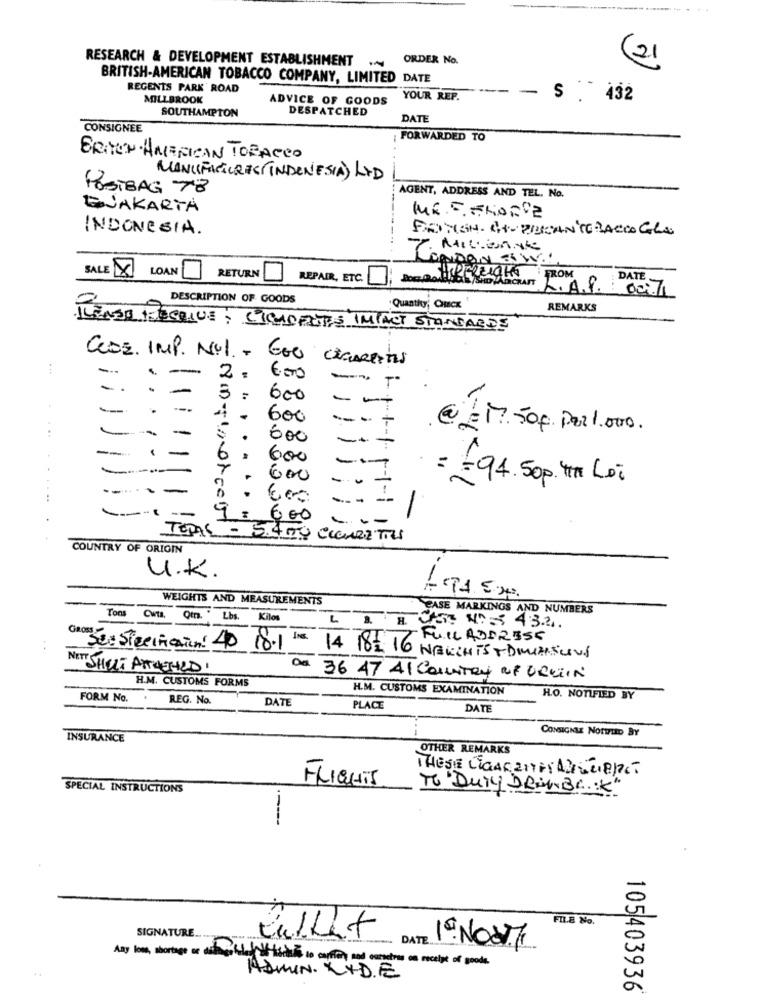
ORDER No.
(21
RESEARCH & DEVELOPMENT ESTABLISHMENT .~
BRITISH-AMERICAN TOBACCO COMPANY, LIMITED DATE
REGENTS PARK ROAD
MILLBROOK
ADVICE OF GOODS
YOUR REP.
--- - S 432
SOUTHAMPTON
DESPATCHED
DATE
CONSIGNEE
FORWARDED TO
ERTON AMERICAN TOBACCO
MANUFACTURESTINDENESIA) LTD
POSTBAG 78
AGENT, ADDRESS AND TEL. No.
BUAKARTA
ME. F. FRIOROZ
INDONESIA.
BALEX LOAN
RETURN
REPAIR, ETC.
REREICHT FROM
DATE
DESCRIPTION OF GOODS
Quantity; Cuck
REMARKS
PLEASE RESQUE ; CICADELES IMPACT STANDARDS
CeDE. IMP. NUL. - 600 ciNARRATES
2.
6.00
3
600
---
4
-
600
---
@
17.5og. Per1.orro.
- -
600
-
1-
600
--
600
-.-
= = 94.50p. HTM Loi
---
..
1-
9
-
: 0,00
TEMAS - 5.400 conReTres
COUNTRY OF ORIGIN
U.K.
WEIGHTS AND MEASUREMENTS
EASE MARKINGS AND NUMBERS
Tons Cwta. Qtr. " Lbs. Kilos
GROSS
-FULL ADDRESS
See Specification! 40 10.1 1 14 182 16 NEKCHTS TDMIANSUIVI
NETT SHELT ATTACHED!
H.M. CUSTOMS FORMS
De 36 47 41 Country OF ORVIN
H.M. CUSTOMS EXAMINATION
FORM No.
REG. No.
DATE
H.O. NOTIFIED BY
PLACE
DATE
CONSIGNAE NOTIFIED BY
INSURANCE
OTHER REMARKS
THESE LIGARZITAT ARECIPPET
FLIGHTS
SPECIAL INSTRUCTIONS
TO DUTY DRAWBACK"
FILE No.
SIGNATURE.
Euthat
DATE 1º NOST7
Any low, shortage of durchgefalen of isinin in caption and caretos on receipt of goods.
ADMIN. XXDE
105403936